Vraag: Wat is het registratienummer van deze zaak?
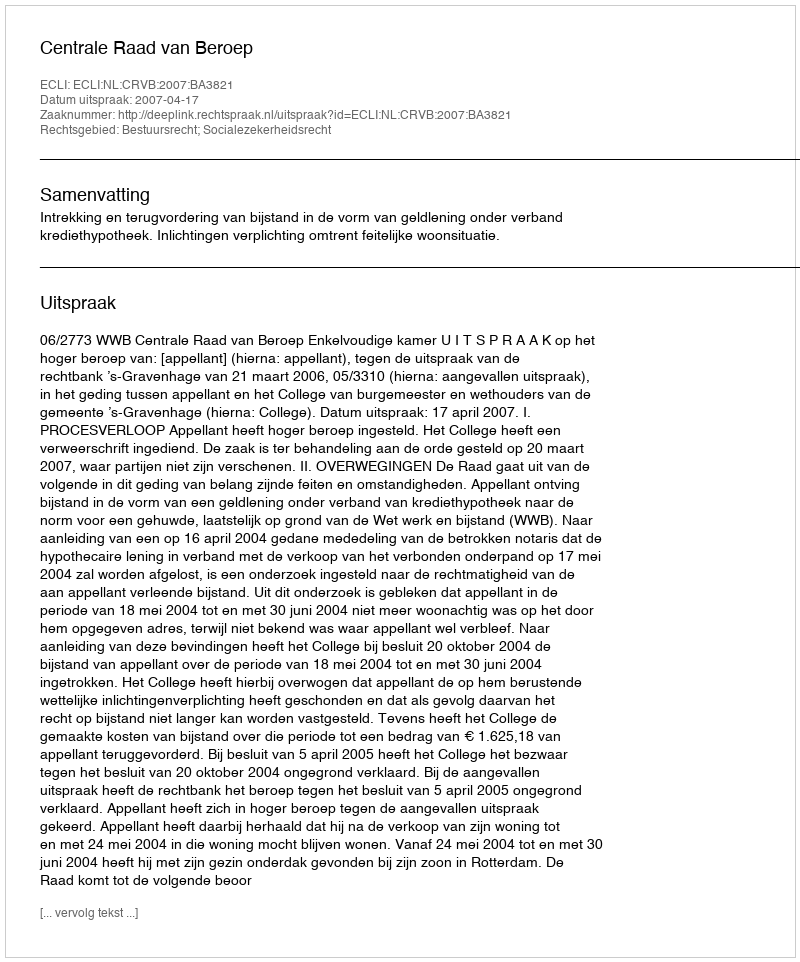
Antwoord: http://deeplink.rechtspraak.nl/uitspraak?id=ECLI:NL:CRVB:2007:BA3821